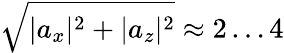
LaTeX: \sqrt{|a_{x}|^{2}+|a_{z}|^{2}}\approx 2\ldots 4